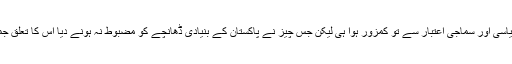
مارشل لاء کے ان ادوار میں ملک اقتصادی، سیاسی اور سماجی اعتبار سے تو کمزور ہوا ہی لیکن جس چیز نے پاکستان کے بنیادی ڈھانچے کو مضبوط نہ ہونے دیا اُس کا تعلق جمہوریت اور جمہوری اقدار کے فقدان سے ہے۔